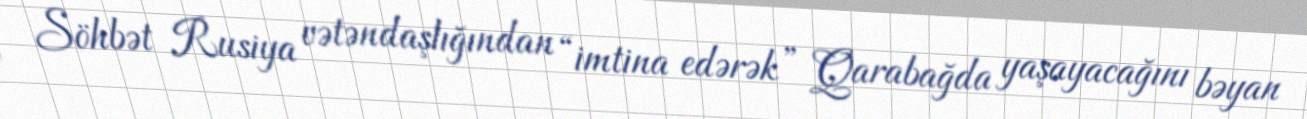
Söhbət Rusiya vətəndaşlığından “imtina edərək” Qarabağda yaşayacağını bəyan